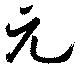
元